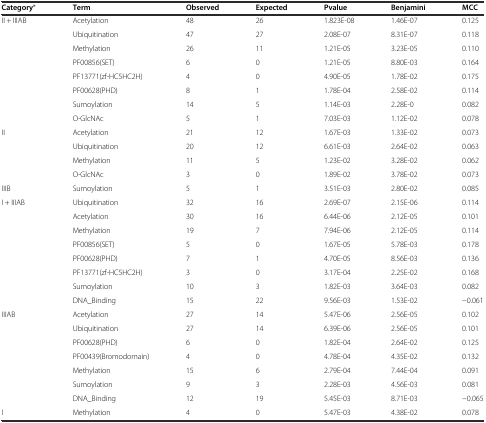
<table><thead><tr><td><b>Category*</b></td><td><b>Term</b></td><td><b>Observed</b></td><td><b>Expected</b></td><td><b>Pvalue</b></td><td><b>Benjamini</b></td><td><b>MCC</b></td></tr></thead><tbody><tr><td>II + IIIAB</td><td>Acetylation</td><td>48</td><td>26</td><td>1.823E-08</td><td>1.46E-07</td><td>0.125</td></tr><tr><td></td><td>Ubiquitination</td><td>47</td><td>27</td><td>2.08E-07</td><td>8.31E-07</td><td>0.118</td></tr><tr><td></td><td>Methylation</td><td>26</td><td>11</td><td>1.21E-05</td><td>3.23E-05</td><td>0.110</td></tr><tr><td></td><td>PF00856(SET)</td><td>6</td><td>0</td><td>1.21E-05</td><td>8.80E-03</td><td>0.164</td></tr><tr><td></td><td>PF13771(zf-HC5HC2H)</td><td>4</td><td>0</td><td>4.90E-05</td><td>1.78E-02</td><td>0.175</td></tr><tr><td></td><td>PF00628(PHD)</td><td>8</td><td>1</td><td>1.78E-04</td><td>2.58E-02</td><td>0.114</td></tr><tr><td></td><td>Sumoylation</td><td>14</td><td>5</td><td>1.14E-03</td><td>2.28E-0</td><td>0.082</td></tr><tr><td></td><td>O-GlcNAc</td><td>5</td><td>1</td><td>7.03E-03</td><td>1.12E-02</td><td>0.078</td></tr><tr><td>II</td><td>Acetylation</td><td>21</td><td>12</td><td>1.67E-03</td><td>1.33E-02</td><td>0.073</td></tr><tr><td></td><td>Ubiquitination</td><td>20</td><td>12</td><td>6.61E-03</td><td>2.64E-02</td><td>0.063</td></tr><tr><td></td><td>Methylation</td><td>11</td><td>5</td><td>1.23E-02</td><td>3.28E-02</td><td>0.062</td></tr><tr><td></td><td>O-GlcNAc</td><td>3</td><td>0</td><td>1.89E-02</td><td>3.78E-02</td><td>0.073</td></tr><tr><td>IIIB</td><td>Sumoylation</td><td>5</td><td>1</td><td>3.51E-03</td><td>2.80E-02</td><td>0.085</td></tr><tr><td>I + IIIAB</td><td>Ubiquitination</td><td>32</td><td>16</td><td>2.69E-07</td><td>2.15E-06</td><td>0.114</td></tr><tr><td></td><td>Acetylation</td><td>30</td><td>16</td><td>6.44E-06</td><td>2.12E-05</td><td>0.101</td></tr><tr><td></td><td>Methylation</td><td>19</td><td>7</td><td>7.94E-06</td><td>2.12E-05</td><td>0.114</td></tr><tr><td></td><td>PF00856(SET)</td><td>5</td><td>0</td><td>1.67E-05</td><td>5.78E-03</td><td>0.178</td></tr><tr><td></td><td>PF00628(PHD)</td><td>7</td><td>1</td><td>4.70E-05</td><td>8.56E-03</td><td>0.136</td></tr><tr><td></td><td>PF13771(zf-HC5HC2H)</td><td>3</td><td>0</td><td>3.17E-04</td><td>2.25E-02</td><td>0.168</td></tr><tr><td></td><td>Sumoylation</td><td>10</td><td>3</td><td>1.82E-03</td><td>3.64E-03</td><td>0.082</td></tr><tr><td></td><td>DNA_Binding</td><td>15</td><td>22</td><td>9.56E-03</td><td>1.53E-02</td><td>−0.061</td></tr><tr><td>IIIAB</td><td>Acetylation</td><td>27</td><td>14</td><td>5.47E-06</td><td>2.56E-05</td><td>0.102</td></tr><tr><td></td><td>Ubiquitination</td><td>27</td><td>14</td><td>6.39E-06</td><td>2.56E-05</td><td>0.101</td></tr><tr><td></td><td>PF00628(PHD)</td><td>6</td><td>0</td><td>1.82E-04</td><td>2.64E-02</td><td>0.125</td></tr><tr><td></td><td>PF00439(Bromodomain)</td><td>4</td><td>0</td><td>4.78E-04</td><td>4.35E-02</td><td>0.132</td></tr><tr><td></td><td>Methylation</td><td>15</td><td>6</td><td>2.79E-04</td><td>7.44E-04</td><td>0.091</td></tr><tr><td></td><td>Sumoylation</td><td>9</td><td>3</td><td>2.28E-03</td><td>4.56E-03</td><td>0.081</td></tr><tr><td></td><td>DNA_Binding</td><td>12</td><td>19</td><td>5.45E-03</td><td>8.71E-03</td><td>−0.065</td></tr><tr><td>I</td><td>Methylation</td><td>4</td><td>0</td><td>5.47E-03</td><td>4.38E-02</td><td>0.078</td></tr></tbody></table>